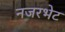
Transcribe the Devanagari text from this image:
नजरभेट